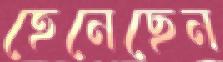
হেনেছেন